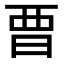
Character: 𣆛